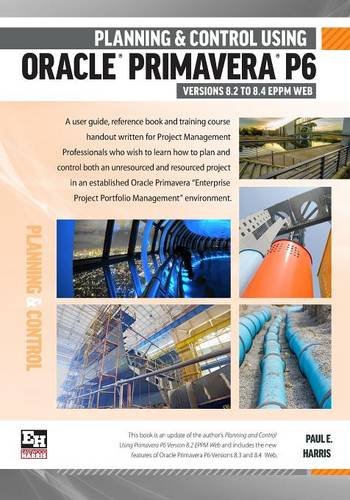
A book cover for Planning and Control Using Oracle Primavera P6 Version 8.2 to 8.4 EPPM Web; Paul E Harris; Computers & Technology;